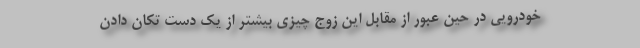
خودرویی در حین عبور از مقابل این زوج چیزی بیشتر از یک دست تکان دادن